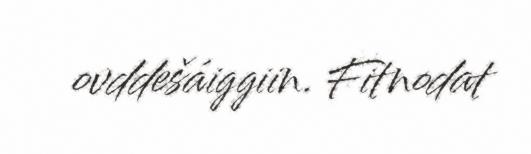
ovddešáiggiin. Fitnodat